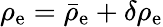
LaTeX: \rho_{\mathrm{e}}=\bar{\rho}_{\mathrm{e}}+\delta\rho_{\mathrm{e}}